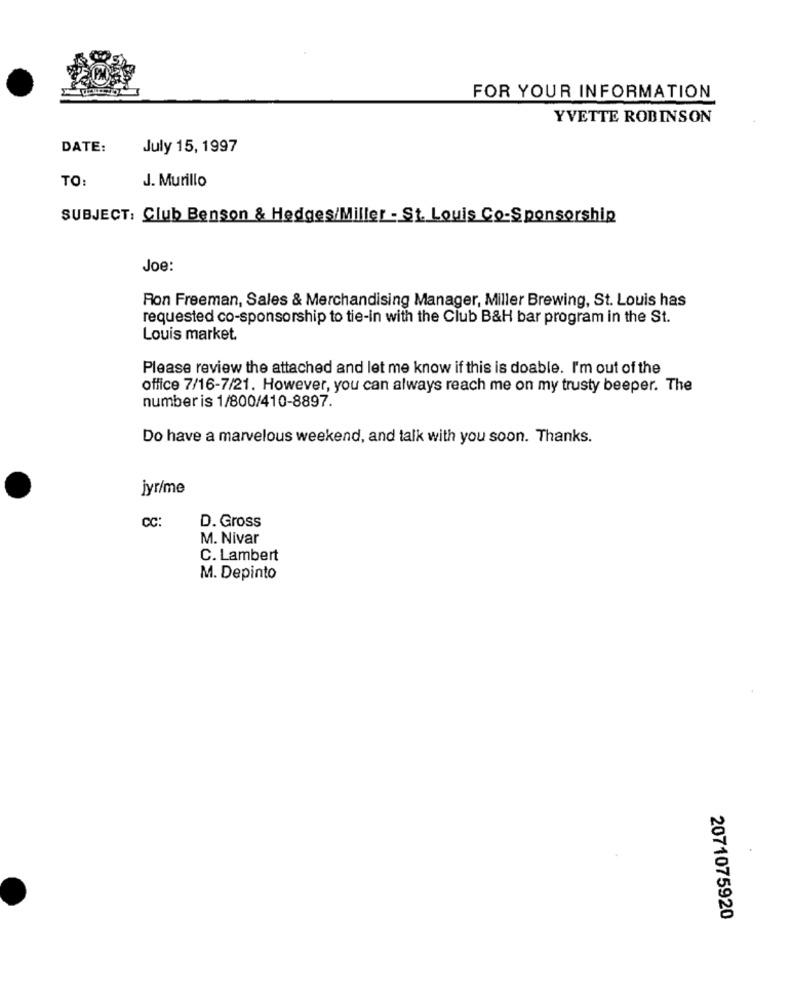
FOR YOUR INFORMATION
YVETTE ROBINSON
DATE:
July 15, 1997
TO:
J. Murillo
SUBJECT: Club Benson & Hedges/Miller - St. Louis Co-Sponsorship
Joe:
Ron Freeman, Sales & Merchandising Manager, Miller Brewing, St. Louis has
requested co-sponsorship to tie-in with the Club B&H bar program in the St.
Louis market.
Please review the attached and let me know if this is doable. I'm out of the
office 7/16-7/21. However, you can always reach me on my trusty beeper. The
number is 1/800/410-8897.
Do have a marvelous weekend, and talk with you soon. Thanks.
jyr/me
CC:
D. Gross
M. Nivar
C. Lambert
M. Depinto
2071075920